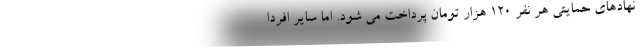
نهادهای حمایتی هر نفر ۱۲۰ هزار تومان پرداخت می شود. اما سایر افردا